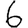
Digit: 6